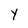
Character: Y